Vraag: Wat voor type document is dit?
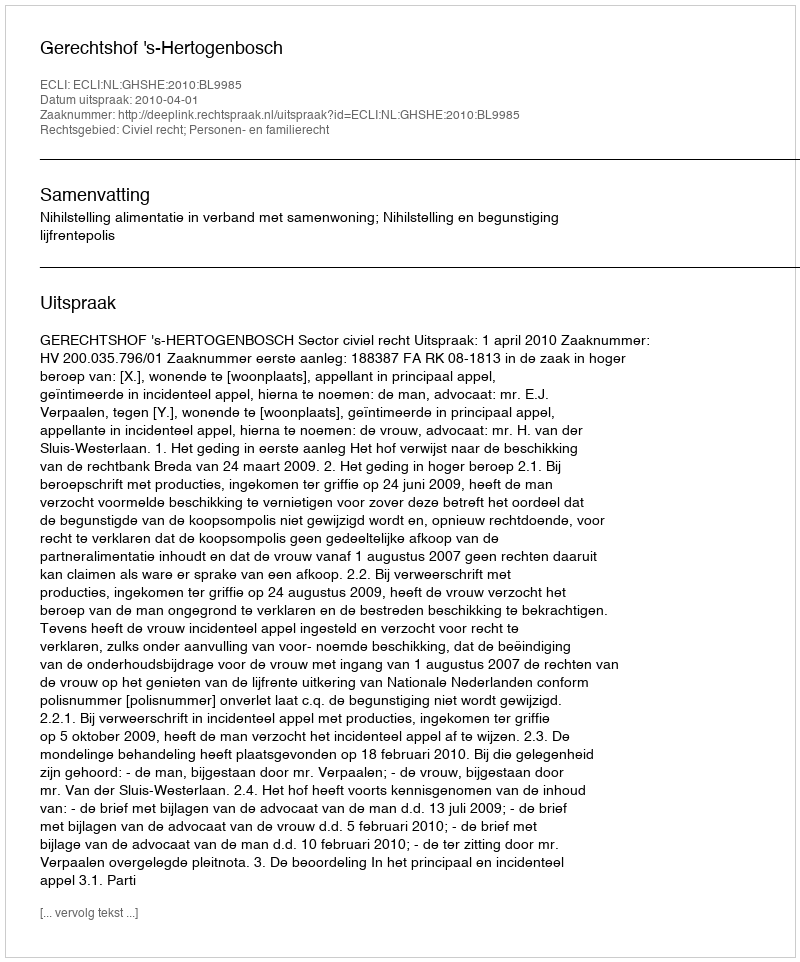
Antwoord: Uitspraak